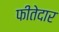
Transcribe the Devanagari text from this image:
फीतेदार